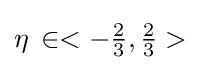
\eta \,\in <-{\tfrac {2}{3}},{\tfrac {2}{3}}>